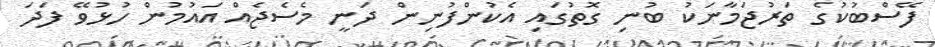
ފޭސްބުކުގެ ތަރުޖަމާނަކު ބުނި ގޮތުގައި އެކުންފުނިން ދަނީ މެސެޖެއް އައުމުން ހުޅުވޭ ފަދަ